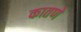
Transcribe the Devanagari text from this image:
कातणे